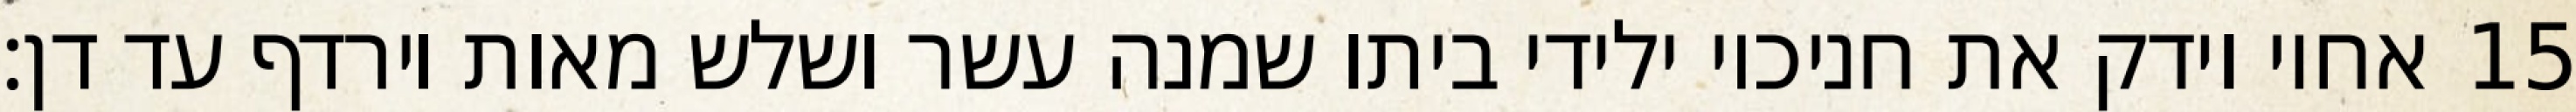
אחיו וידק את חניכיו ילידי ביתו שמנה עשר ושלש מאות וירדף עד דן׃ ‎15‏